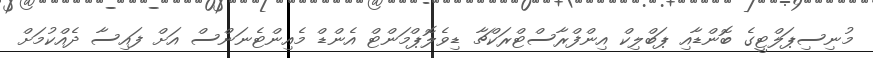
މުނިސިޕަލްޓީގެ ބޮންޑާއި ޕަބްލިކް އިންފްރާސްޓްރަކްޗާ ޑިވެލޮޕްމަންޓް އެންޑް މެއިންޓެނަންސް އަށް ފައިސާ ދެއްކުމަށް